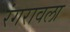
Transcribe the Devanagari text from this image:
रंगरावला